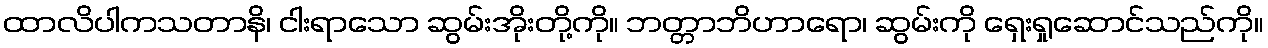
ထာလိပါကသတာနိ၊ ငါးရာသော ဆွမ်းအိုးတို့ကို။ ဘတ္တာဘိဟာရော၊ ဆွမ်းကို ရှေးရှုဆောင်သည်ကို။